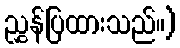
ညွှန်ပြထားသည်။)